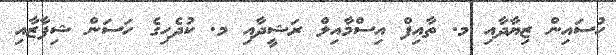
ހުސައިން ޒިޔާދާއި މ. ތާއިފް އިސްމާއިލް ރަޝީދާއި މ. ކުދެހިގެ ހަސަން ޝިފާޒާއި